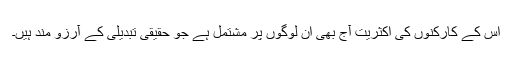
اس کے کارکنوں کی اکثریت آج بھی ان لوگوں پر مشتمل ہے جو حقیقی تبدیلی کے آرزو مند ہیں۔